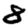
Digit: 8